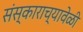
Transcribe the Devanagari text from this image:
संस्काराच्यावेळी